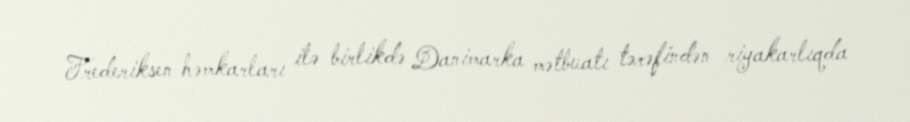
Frederiksen həmkarları ilə birlikdə Danimarka mətbuatı tərəfindən riyakarlıqda